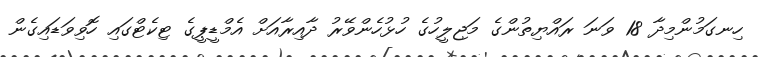
ހިނގަމުންމިދާ 18 ވަނަ ރައްޔިތުންގެ މަޖިލީހުގެ ހުޅުހެންވޭރު ދާއިރާއަށް އެމްޑީޕީގެ ޓިކެޓްގައި ހޮވިވަޑައިގެން